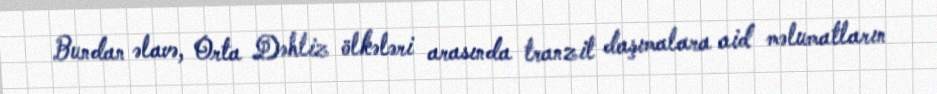
Bundan əlavə, Orta Dəhliz ölkələri arasında tranzit daşımalara aid məlumatların